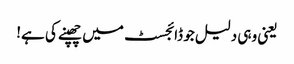
یعنی وہی دلیل جو ڈائجسٹ میں چھپنے کی ہے!